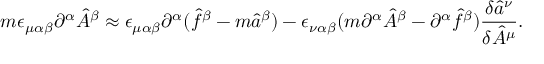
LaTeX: m \epsilon _ { \mu \alpha \beta } \partial ^ { \alpha } \hat { A } ^ { \beta } \approx \epsilon _ { \mu \alpha \beta } \partial ^ { \alpha } ( \hat { f } ^ { \beta } - m \hat { a } ^ { \beta } ) - \epsilon _ { \nu \alpha \beta } ( m \partial ^ { \alpha } \hat { A } ^ { \beta } - \partial ^ { \alpha } \hat { f } ^ { \beta } ) \frac { \delta \hat { a } ^ { \nu } } { \delta \hat { A } ^ { \mu } } .